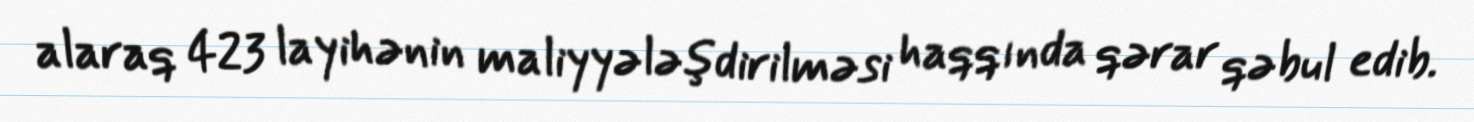
alaraq 423 layihənin maliyyələşdirilməsi haqqında qərar qəbul edib.